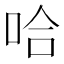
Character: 哈